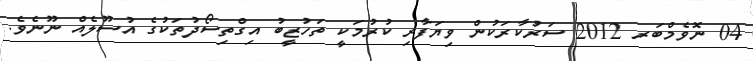
04 ނޮވެމްބަރ 2012 ސަރުކާރަކުން ވިޔަފާރި ކުރުމަކީ ތަހުޒީބު އިގްތިސޯދުތަކުގެ އުސޫލެއް ނޫނެވެ.